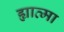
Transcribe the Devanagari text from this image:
ह्यात्मा